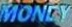
MONEY